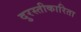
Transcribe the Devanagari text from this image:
दुरस्तीकारिता